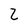
Character: Z